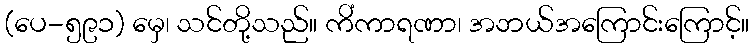
(ပေ-၅၉၁) မှေ၊ သင်တို့သည်။ ကိံကာရဏာ၊ အဘယ်အကြောင်းကြောင့်။